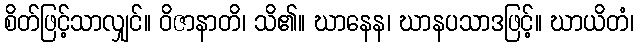
စိတ်ဖြင့်သာလျှင်။ ဝိဇာနာတိ၊ သိ၏။ ဃာနေန၊ ဃာနပသာဒဖြင့်။ ဃာယိတံ၊